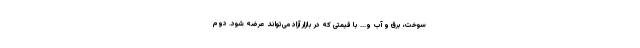
سوخت، برق و آب و... با قیمتی که در بازار آزاد می‌تواند عرضه شود. دوم